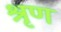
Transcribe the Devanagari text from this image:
श्रृण